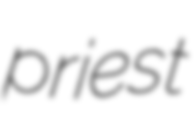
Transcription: priest